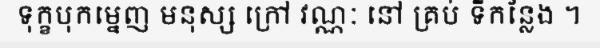
ទុក្ខបុកម្នេញ មនុស្ស ក្រៅ វណ្ណៈ នៅ គ្រប់ ទីកន្លែង ។